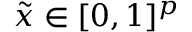
\tilde { x } \in [ 0 , 1 ] ^ { p }